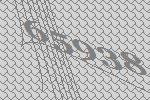
65938